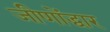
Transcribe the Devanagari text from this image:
जीणोंद्धार